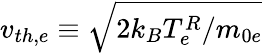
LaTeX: v_{th,e}\equiv\sqrt{2k_{B}T_{e}^{R}/m_{0e}}